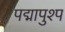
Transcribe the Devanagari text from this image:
पद्मापुश्प